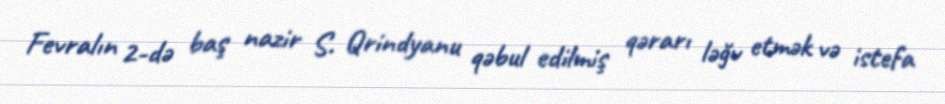
Fevralın 2-də baş nazir S. Qrindyanu qəbul edilmiş qərarı ləğv etmək və istefa